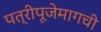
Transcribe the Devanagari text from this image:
पत्रीपूजेमागची